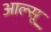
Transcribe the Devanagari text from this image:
आल्सू